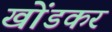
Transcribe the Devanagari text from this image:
खोंडकर